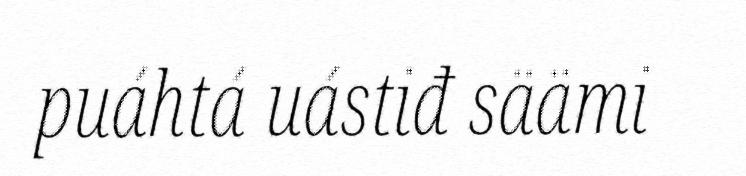
puáhtá uástiđ säämi